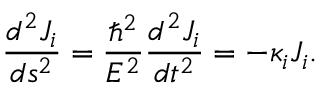
\frac { d ^ { 2 } J _ { i } } { d s ^ { 2 } } = \frac { \hbar ^ { 2 } } { E ^ { 2 } } \frac { d ^ { 2 } J _ { i } } { d t ^ { 2 } } = - \kappa _ { i } J _ { i } .